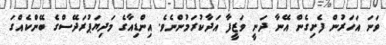
ވަނަ އަހަރުން ފެށިގެން އޭނާ ދަނީ ވަޒީފާ އަދާކުރަމުންނެވެ. އިންޑިއާގެ މަދިޔަޕުރަދޭސްގެ ބޭންކެއްގަ